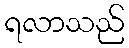
ရလာသည်